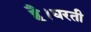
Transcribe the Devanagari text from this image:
है।धरती